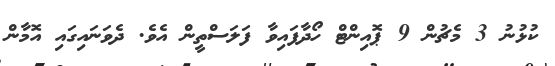
ކުޅުނު 3 މެޗުން 9 ޕޮއިންޓް ހޯދާފައިވާ ފަލަސްތީން އެވެ. ދެވަނައިގައި އޮމާން